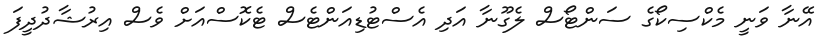
އޭނާ ވަނީ މެކްސިކޯގެ ސަންޓޯސް ލެގޫނާ އަދި އެސްޓުޑިއަންޓެސް ޓެކޮސްއަށް ވެސް އިރުޝާދުދީފަ